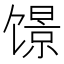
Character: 𬳑